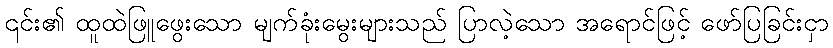
၎င်း၏ ထူထဲဖြူဖွေးသော မျက်ခုံးမွေးများသည် ပြာလဲ့သော အရောင်ဖြင့် ဖော်ပြခြင်းငှာ